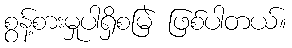
စွန့်စားမှုပါရှိစမြဲ ဖြစ်ပါတယ်။